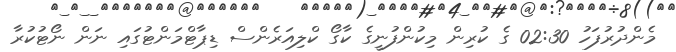
މެންދުރުފަހު 02:30 ގެ ކުރިން މިކުންފުނީގެ ކާގޯ ކްލިއަރެންސް ޑިޕާޓްމަންޓުގައި ނަން ނޯޓުކުރާ